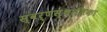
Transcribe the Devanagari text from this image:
स्वर्णस्थालिका